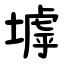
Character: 㙤